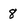
Character: 8